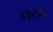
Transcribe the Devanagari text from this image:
०७५०२१